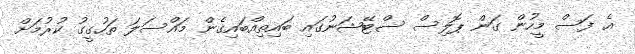
އެ ފަސް މީހުން ގަން ޕޮލިސް ސްޓޭޝަނުގައި ބައިތިއްބައިގެން މައްސަލަ ތަހުގީގު ކުރުމަށް